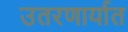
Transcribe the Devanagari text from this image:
उतरणार्यात